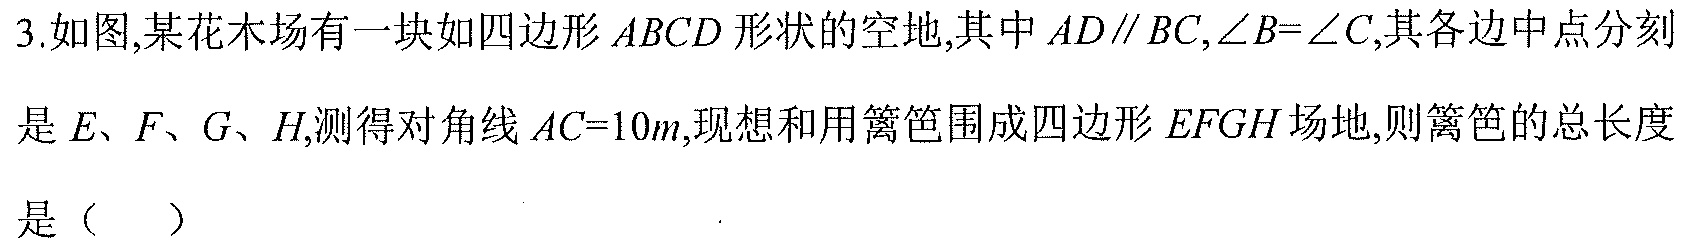
3.如图,某花木场有一块如四边形\(ABCD\)形状的空地,其中\(AD\parallel BC,\angle B = \angle C\),其各边中点分别是\(E、F、G、H\),测得对角线\(AC = 10m\),现想和用篱笆围成四边形\(EFGH\)场地,则篱笆的总长度是（  ）